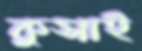
কুসাই